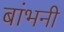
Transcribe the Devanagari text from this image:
बांभनी